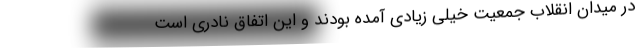
در میدان انقلاب جمعیت خیلی زیادی آمده بودند و این اتفاق نادری است